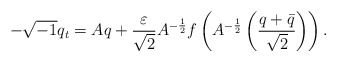
\begin{align*}-\sqrt{-1}q_t=Aq+\frac{\varepsilon}{\sqrt{2}}A^{-\frac12}f\left(A^{-\frac12}\left(\frac{q+\bar q}{\sqrt{2}}\right)\right).\end{align*}